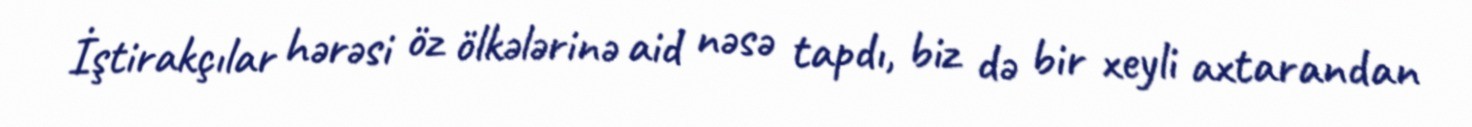
İştirakçılar hərəsi öz ölkələrinə aid nəsə tapdı, biz də bir xeyli axtarandan